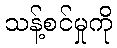
သန့်စင်မှုကို